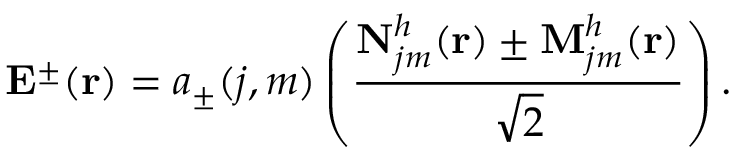
\mathbf { E } ^ { \pm } ( \mathbf { r } ) = a _ { \pm } ( j , m ) \left( \frac { \mathbf { N } _ { j m } ^ { h } ( \mathbf { r } ) \pm \mathbf { M } _ { j m } ^ { h } ( \mathbf { r } ) } { \sqrt { 2 } } \right) .